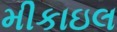
મીકાઇલ